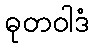
ဓုတဝါဒံ